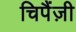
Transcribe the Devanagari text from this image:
चिपैंज़ी